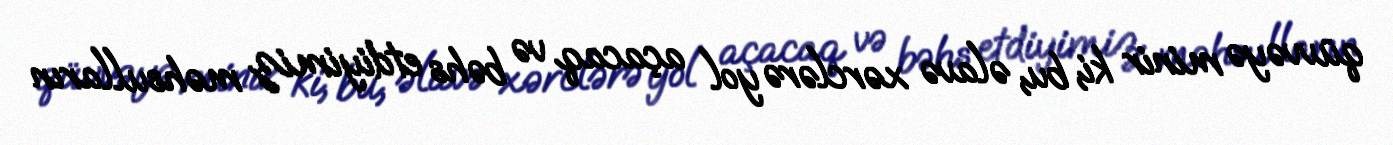
qüvvəyə minir ki, bu, əlavə xərclərə yol açacaq və bəhs etdiyimiz məhsulların